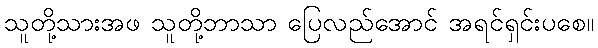
သူတို့သားအဖ သူတို့ဘာသာ ပြေလည်အောင် အရင်ရှင်းပစေ။